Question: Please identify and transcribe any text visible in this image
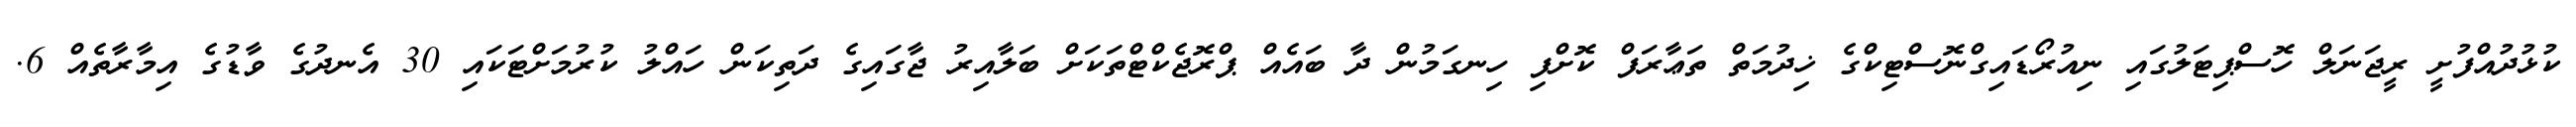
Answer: ކުޅުދުއްފުށީ ރީޖަނަލް ހޮސްޕިޓަލުގައި ނިއުރޯޑައިގްނޮސްޓިކްގެ ޚިދުމަތް ތަޢާރަފް ކޮށްފި ހިނގަމުން ދާ ބައެއް ޕްރޮޖެކްޓްތަކަށް ބަލާއިރު ޖާގައިގެ ދަތިކަން ހައްލު ކުރުމަށްޓަކައި 30 އެނދުގެ ވާޑުގެ އިމާރާތެއް 6.